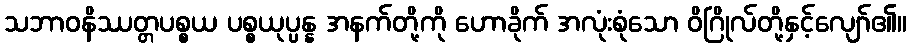
သဘာဝနိဿတ္တပစ္စယ ပစ္စယုပ္ပန္န အနက်တို့ကို ဟောခိုက် အလုံးစုံသော ဝိဂြိုလ်တို့နှင့်လျော်၏။